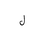
Letter: _lam